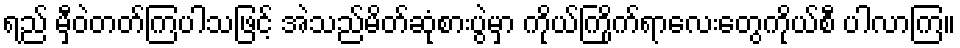
ရည် မှီဝဲတတ်ကြပါသဖြင့် အဲသည်မိတ်ဆုံစားပွဲမှာ ကိုယ်ကြိုက်ရာလေးတွေကိုယ်စီ ပါလာကြ။